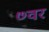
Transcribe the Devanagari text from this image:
७वर